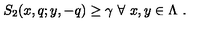
\left. S _ { 2 } ( x , q ; y , - q ) \geq \gamma \ \forall \ x , y \in \Lambda \ . \right.